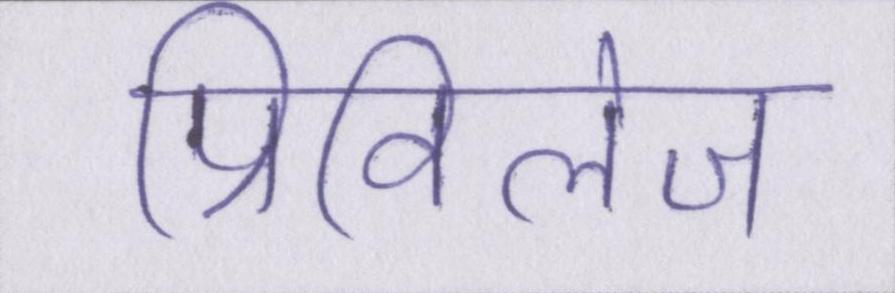
प्रिविलेज